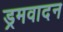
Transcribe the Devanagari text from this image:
ड्रमवादन